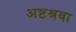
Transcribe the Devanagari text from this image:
अष्टश्रवा